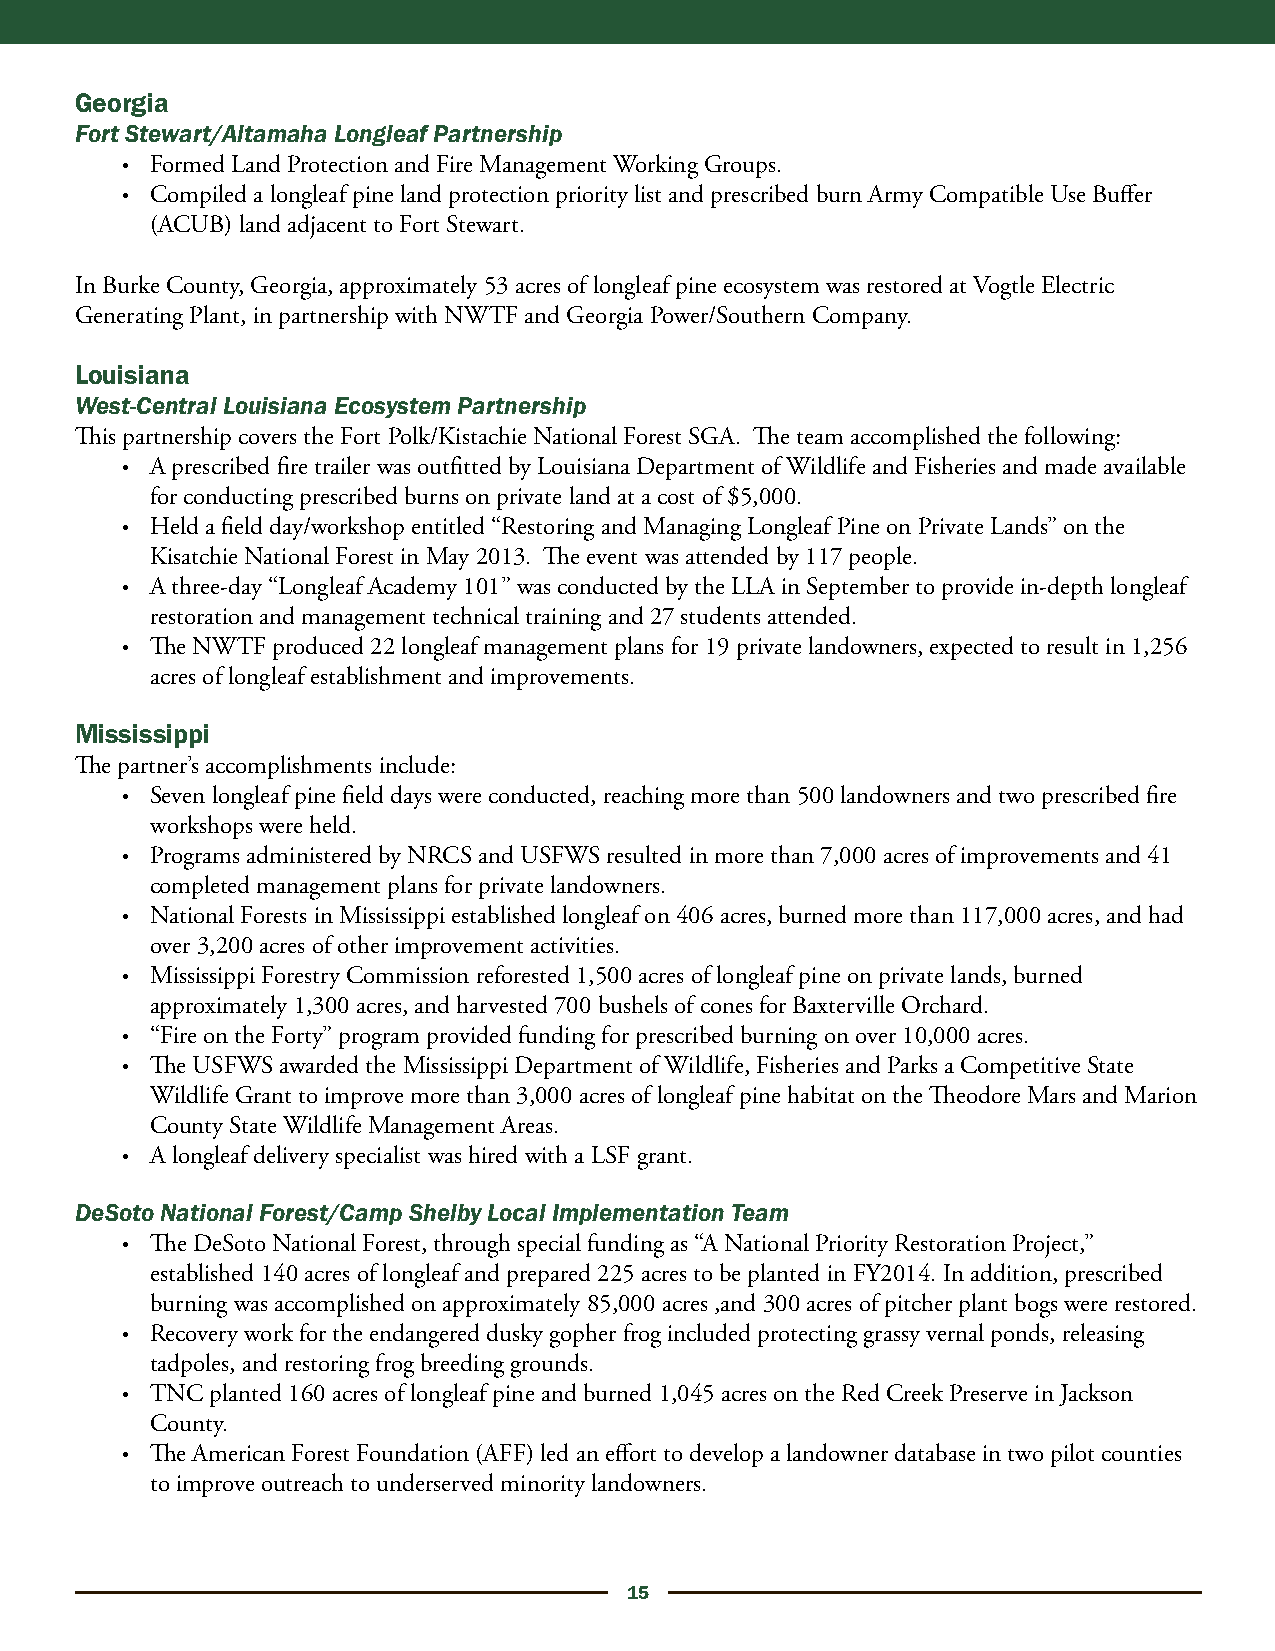
Georgia
 Fort Stewart/Altamaha Longleaf Partnership
 • Formed Land Protection and Fire Management Working Groups.
 • Compiled a longleaf pine land protection priority list and prescribed burn Army Compatible Use Buffer
 (ACUB) land adjacent to Fort Stewart.
 In Burke County, Georgia, approximately 53 acres of longleaf pine ecosystem was restored at Vogtle Electric
 Generating Plant, in partnership with NWTF and Georgia Power/Southern Company.
 Louisiana
 West-Central Louisiana Ecosystem Partnership
 This partnership covers the Fort Polk/Kistachie National Forest SGA. The team accomplished the following:
 • A prescribed fire trailer was outfitted by Louisiana Department of Wildlife and Fisheries and made available
 for conducting prescribed burns on private land at a cost of $5,000.
 • Held a field day/workshop entitled “Restoring and Managing Longleaf Pine on Private Lands” on the
 Kisatchie National Forest in May 2013. The event was attended by 117 people.
 • A three-day “Longleaf Academy 101” was conducted by the LLA in September to provide in-depth longleaf
 restoration and management technical training and 27 students attended.
 • The NWTF produced 22 longleaf management plans for 19 private landowners, expected to result in 1,256
 acres of longleaf establishment and improvements.
 Mississippi
 The partner’s accomplishments include:
 • Seven longleaf pine field days were conducted, reaching more than 500 landowners and two prescribed fire
 workshops were held.
 • Programs administered by NRCS and USFWS resulted in more than 7,000 acres of improvements and 41
 completed management plans for private landowners.
 • National Forests in Mississippi established longleaf on 406 acres, burned more than 117,000 acres, and had
 over 3,200 acres of other improvement activities.
 • Mississippi Forestry Commission reforested 1,500 acres of longleaf pine on private lands, burned
 approximately 1,300 acres, and harvested 700 bushels of cones for Baxterville Orchard.
 • “Fire on the Forty” program provided funding for prescribed burning on over 10,000 acres.
 • The USFWS awarded the Mississippi Department of Wildlife, Fisheries and Parks a Competitive State
 Wildlife Grant to improve more than 3,000 acres of longleaf pine habitat on the Theodore Mars and Marion
 County State Wildlife Management Areas.
 • A longleaf delivery specialist was hired with a LSF grant.
 DeSoto National Forest/Camp Shelby Local Implementation Team
 • The DeSoto National Forest, through special funding as “A National Priority Restoration Project,”
 established 140 acres of longleaf and prepared 225 acres to be planted in FY2014. In addition, prescribed
 burning was accomplished on approximately 85,000 acres ,and 300 acres of pitcher plant bogs were restored.
 • Recovery work for the endangered dusky gopher frog included protecting grassy vernal ponds, releasing
 tadpoles, and restoring frog breeding grounds.
 • TNC planted 160 acres of longleaf pine and burned 1,045 acres on the Red Creek Preserve in Jackson
 County.
 • The American Forest Foundation (AFF) led an effort to develop a landowner database in two pilot counties
 to improve outreach to underserved minority landowners.
 15